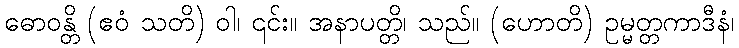
ဓောဝန္တိ (ဧဝံ သတိ) ဝါ၊ ၎င်း။ အနာပတ္တိ၊ သည်။ (ဟောတိ) ဥမ္မတ္တကာဒီနံ၊